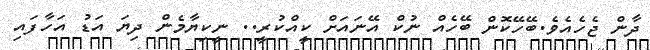
ދާން ޖެހެއެވެ.ބޭހޭކޮން ބޭހެއް ނުކް އޭނައަށް ކީއްކުރީ.. ނީކިޔާމެން ދިޔަ އަޑު އަހާފައި